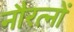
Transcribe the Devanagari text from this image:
नौरत्नों